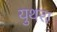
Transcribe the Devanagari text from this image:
युथरा